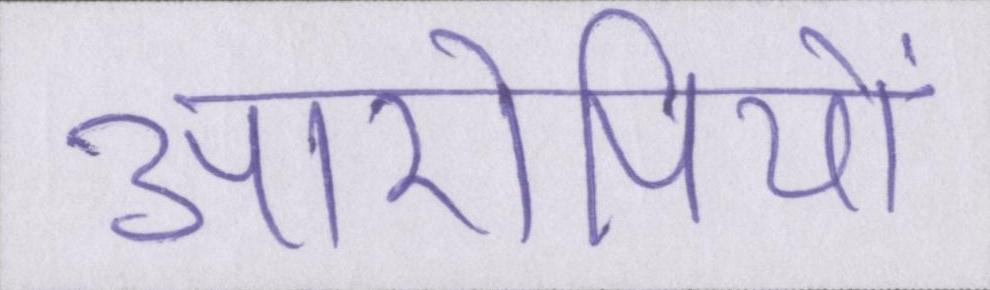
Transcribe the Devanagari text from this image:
आरोपियों